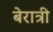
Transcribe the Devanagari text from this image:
बेरात्री